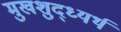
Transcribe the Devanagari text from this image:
मुखशुद्ध्यर्थ